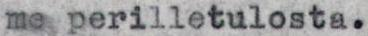
meyperilletulosta.